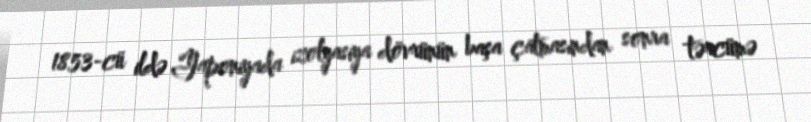
1853-cü ildə Yaponiyada izolyasiya dövrünün başa çatmasından sonra tərcümə